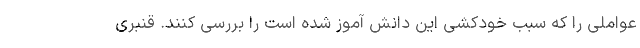
عواملی را که سبب خودکشی این دانش آموز شده است را بررسی کنند. قنبری